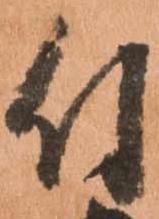
付